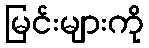
မြင်းများကို